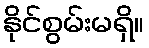
နိုင်စွမ်းမရှိ။